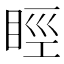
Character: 䀴